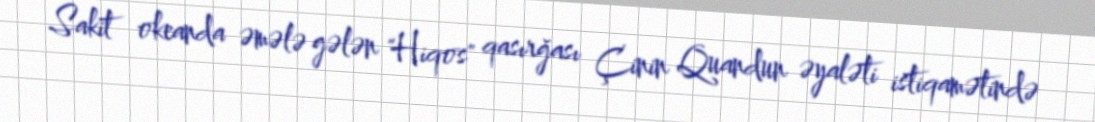
Sakit okeanda əmələ gələn "Hiqos" qasırğası Çinin Quandun əyaləti istiqamətində